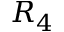
R _ { 4 }